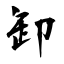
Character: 卸